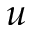
u